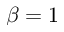
\beta = 1